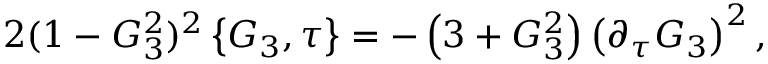
2 ( 1 - { \cal G } _ { 3 } ^ { 2 } ) ^ { 2 } \left\{ { \cal G } _ { 3 } , \tau \right\} = - \left( 3 + { \cal G } _ { 3 } ^ { 2 } \right) \left( \partial _ { \tau } { \cal G } _ { 3 } \right) ^ { 2 } ,